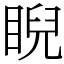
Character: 睨